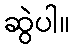
ဆွဲပါ။